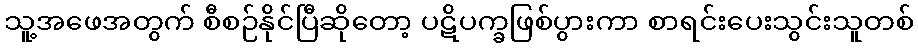
သူ့အဖေအတွက် စီစဉ်နိုင်ပြီဆိုတော့ ပဋိပက္ခဖြစ်ပွားကာ စာရင်းပေးသွင်းသူတစ်